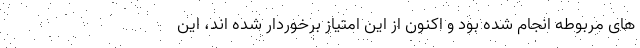
های مربوطه انجام شده بود و اکنون از این امتیاز برخوردار شده اند، این